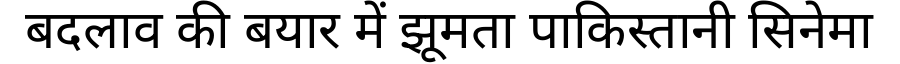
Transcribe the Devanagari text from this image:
बदलाव की बयार में झूमता पाकिस्तानी सिनेमा